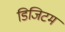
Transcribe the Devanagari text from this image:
डिजिटम